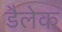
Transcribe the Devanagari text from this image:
डैलेक